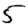
Digit: 5